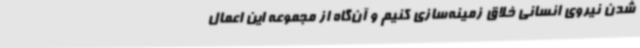
شدن نیروی انسانی خلاق زمینه‌سازی کنیم و آن‌گاه از مجموعه این اعمال